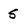
Character: 5